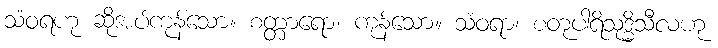
သံဝရဟု ဆိုအပ်ကုန်သော။ စတ္တာရော၊ ကုန်သော။ သံဝရာ၊ စတုပါရိသုဒ္ဓိသီလဟု